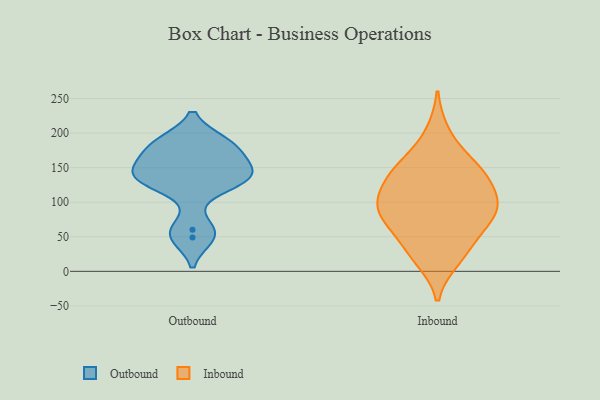
{"axis": {"x": "Demand Index", "y": "Value"}, "legend": ["Inbound", "Outbound"], "data": [{"x": "", "y": 129, "type": "Outbound"}, {"x": "", "y": 187, "type": "Outbound"}, {"x": "", "y": 144, "type": "Outbound"}, {"x": "", "y": 60, "type": "Outbound"}, {"x": "", "y": 49, "type": "Outbound"}, {"x": "", "y": 173, "type": "Outbound"}, {"x": "", "y": 134, "type": "Outbound"}, {"x": "", "y": 132, "type": "Outbound"}, {"x": "", "y": 186, "type": "Outbound"}, {"x": "", "y": 154, "type": "Outbound"}, {"x": "", "y": 99, "type": "Inbound"}, {"x": "", "y": 31, "type": "Inbound"}, {"x": "", "y": 152, "type": "Inbound"}, {"x": "", "y": 144, "type": "Inbound"}, {"x": "", "y": 81, "type": "Inbound"}, {"x": "", "y": 75, "type": "Inbound"}, {"x": "", "y": 157, "type": "Inbound"}, {"x": "", "y": 27, "type": "Inbound"}, {"x": "", "y": 200, "type": "Inbound"}, {"x": "", "y": 18, "type": "Inbound"}, {"x": "", "y": 110, "type": "Inbound"}, {"x": "", "y": 97, "type": "Inbound"}, {"x": "", "y": 140, "type": "Inbound"}, {"x": "", "y": 128, "type": "Inbound"}, {"x": "", "y": 99, "type": "Inbound"}, {"x": "", "y": 75, "type": "Inbound"}, {"x": "", "y": 66, "type": "Inbound"}]}